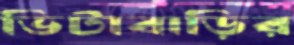
ভিটাবাড়ির